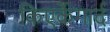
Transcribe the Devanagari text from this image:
किएर्केगार्द